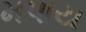
મપાય